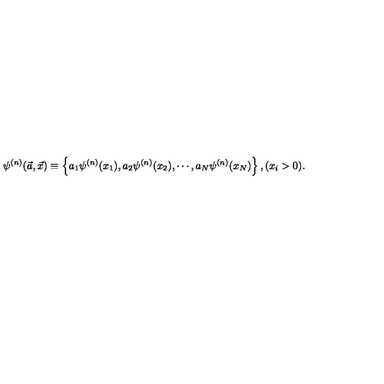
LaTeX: \psi ^ { ( n ) } ( \vec { a } , \vec { x } ) \equiv \left\{ a _ { 1 } \psi ^ { ( n ) } ( x _ { 1 } ) , a _ { 2 } \psi ^ { ( n ) } ( x _ { 2 } ) , \cdots , a _ { N } \psi ^ { ( n ) } ( x _ { N } ) \right\} , ( x _ { i } > 0 ) .